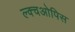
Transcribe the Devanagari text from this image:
ल्क्चओपिस